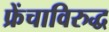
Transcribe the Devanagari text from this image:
फ्रेंचाविरुद्ध